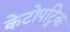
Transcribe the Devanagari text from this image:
केटोपट्रिक